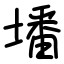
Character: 墦